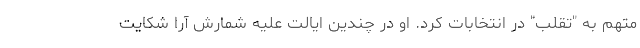
متهم به "تقلب" در انتخابات کرد. او در چندین ایالت علیه شمارش آرا شکایت